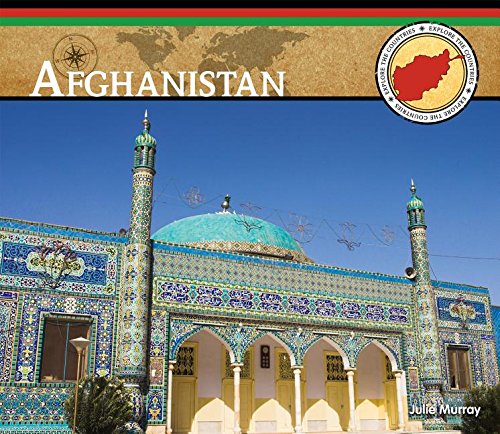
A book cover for Afghanistan (Explore the Countries, Set 3); Julie Murray; Children's Books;